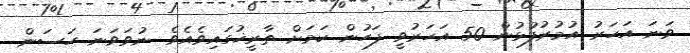
ވަނަ އަހަރު އުމުރުފުޅުން 50 އަހަރުވީ ފަހުން ކަމަށް ތާރީޚުގައިވެއެވެ. ނުވަވަނަ ހަސަން